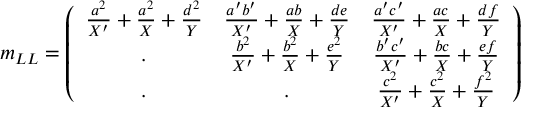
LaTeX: m _ { L L } = \left( \begin{array} { c c c } { { \frac { a ^ { 2 } } { X ^ { \prime } } + \frac { a ^ { 2 } } { X } + \frac { d ^ { 2 } } { Y } } } & { { \frac { a ^ { \prime } b ^ { \prime } } { X ^ { \prime } } + \frac { a b } { X } + \frac { d e } { Y } } } & { { \frac { a ^ { \prime } c ^ { \prime } } { X ^ { \prime } } + \frac { a c } { X } + \frac { d f } { Y } } } \\ { { . } } & { { \frac { b ^ { 2 } } { X ^ { \prime } } + \frac { b ^ { 2 } } { X } + \frac { e ^ { 2 } } { Y } } } & { { \frac { b ^ { \prime } c ^ { \prime } } { X ^ { \prime } } + \frac { b c } { X } + \frac { e f } { Y } } } \\ { { . } } & { { . } } & { { \frac { c ^ { 2 } } { X ^ { \prime } } + \frac { c ^ { 2 } } { X } + \frac { f ^ { 2 } } { Y } } } \end{array} \right)